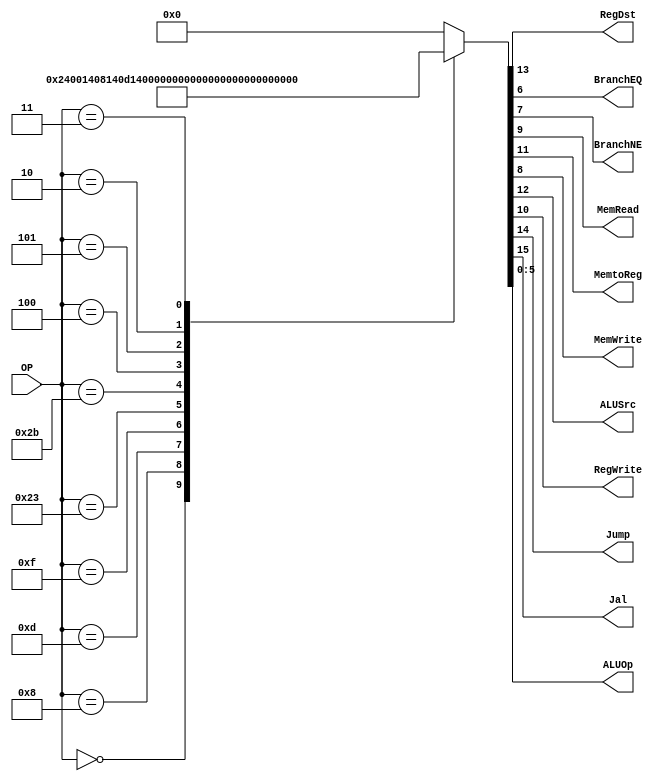
/******************************************************************
* Description
*	This is control unit for the MIPS processor. The control unit is 
*	in charge of generation of the control signals. Its only input 
*	corresponds to opcode from the instruction.
*	1.0
* Author:
*	Dr. Jos Luis Pizano Escalante
* email:
*	luispizano@iteso.mx
* Date:
*	01/03/2014
******************************************************************/
module Control
(
	input [5:0]OP,
	
	output RegDst,
	output BranchEQ,
	output BranchNE,
	output MemRead,
	output MemtoReg,
	output MemWrite,
	output ALUSrc,
	output RegWrite,
	output Jump,
	output Jal,
	output [5:0]ALUOp
);
							 // OP Code
localparam R_Type      = 6'h00;
localparam I_Type_ADDI = 6'h08;
localparam I_Type_ORI  = 6'h0d;
localparam I_Type_LUI  = 6'h0f; // << 
localparam I_Type_LW	  = 6'h23; // <<
localparam I_Type_SW	  = 6'h2b; // <<
localparam I_Type_BEQ  = 6'h04; // << 
localparam I_Type_BNE  = 6'h05; // << 
localparam J_Type_J	  = 6'h02; // <<
localparam J_Type_JAL  = 6'h03; // <<

reg [16:0] ControlValues; // << 

always@(OP) begin
	casex(OP)

		R_Type:       ControlValues = 16'b001_001_00_00_000000; // 00 // <<
		I_Type_ADDI:  ControlValues = 16'b000_101_00_00_001000; // 08 // <<
		I_Type_ORI:   ControlValues = 16'b000_101_00_00_001101; // 0d // <<
		I_Type_LUI:   ControlValues = 16'b000_101_00_00_001111; // 0f // <<
		I_Type_LW:    ControlValues = 16'b000_111_10_00_100011; // 23 // <<
		I_Type_SW:    ControlValues = 16'b000_100_01_00_101011; // 2b // <<
		I_Type_BEQ:   ControlValues = 16'b000_000_00_01_000100; // 04 // <<
		I_Type_BNE:   ControlValues = 16'b000_000_00_10_000101; // 05 // <<
		J_Type_J:     ControlValues = 16'b010_000_00_00_000010; // 02 // <<
		J_Type_JAL:   ControlValues = 16'b110_001_00_00_000011; // 03 // <<
		
		default:
			ControlValues = 16'b000000000000000; // <<
		endcase
end	

assign Jal			= ControlValues[15];
assign Jump			= ControlValues[14];	
assign RegDst 		= ControlValues[13];
assign ALUSrc 		= ControlValues[12];
assign MemtoReg	= ControlValues[11];
assign RegWrite	= ControlValues[10];
assign MemRead 	= ControlValues[9];
assign MemWrite 	= ControlValues[8];
assign BranchNE	= ControlValues[7];
assign BranchEQ 	= ControlValues[6];
assign ALUOp 		= ControlValues[5:0]; //GreenCard OpCode // << Se increment de 

endmodule